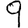
Digit: 9